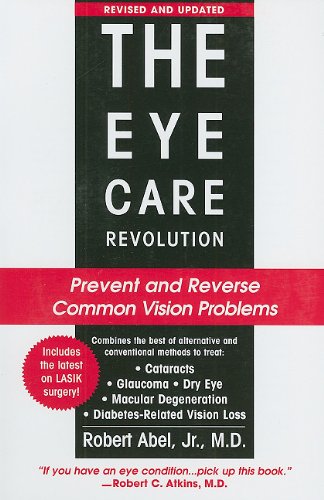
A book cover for The Eye Care Revolution: Prevent and Reverse Common Vision Problems; Robert Abel; Health, Fitness & Dieting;